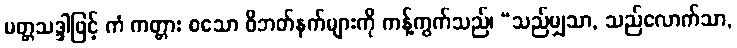
မတ္တသဒ္ဒါဖြင့် ကံ ကတ္တား စသော ဝိဘတ်နက်များကို ကန့်ကွက်သည်၊ “သည်မျှသာ, သည်လောက်သာ,